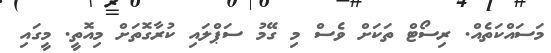
މަސައްކަތެއް. ރިސޯޓް ތަކަށް ވެސް މި ގޭމު ސަޕްލައި ކުރާގޮތަށް މިއޮތީ. މީގައި